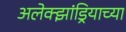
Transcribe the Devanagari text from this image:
अलेक्झांड्रियाच्या